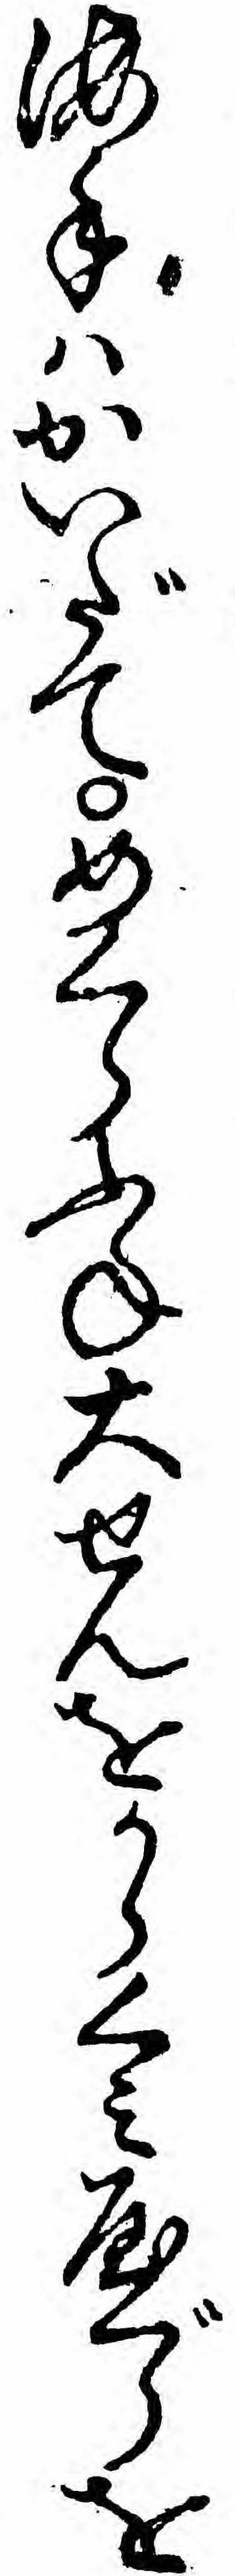
海手ハかいだてめくらふね大せんをからくミやぐらを